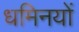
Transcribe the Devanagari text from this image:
धमिनयों